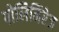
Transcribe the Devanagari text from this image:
पोलिमिरेज